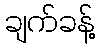
ချက်ခန့်